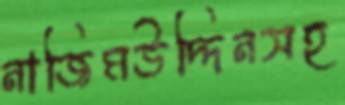
নাজিমউদ্দিনসহ